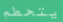
يتحطم